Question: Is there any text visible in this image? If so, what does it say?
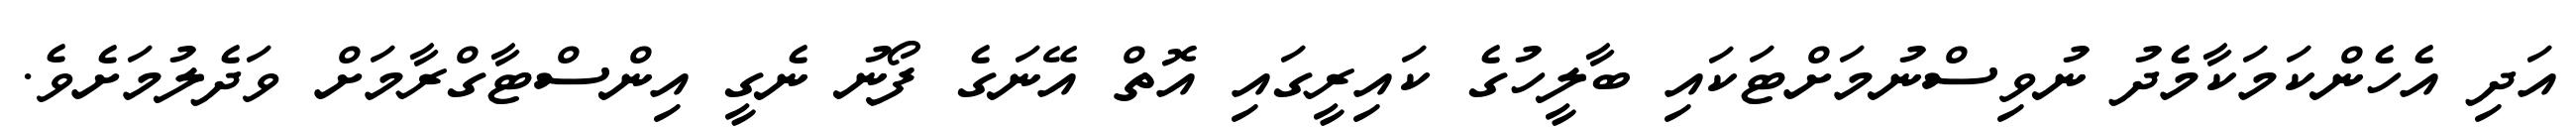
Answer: އަދި އެހެންކަމަކާމެދު ނުވިސްނުމަށްޓަކައި ބާލީހުގެ ކައިރީގައި އޮތް އޭނަގެ ފޯނު ނެގީ އިންސްޓާގްރާމަށް ވަދެލުމަށެވެ.